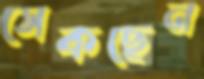
সেকছেন